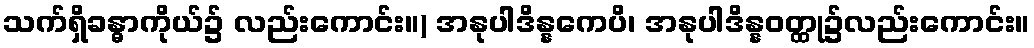
သက်ရှိခန္ဓာကိုယ်၌ လည်းကောင်း။) အနုပါဒိန္နကေပိ၊ အနုပါဒိန္နဝတ္ထု၌လည်းကောင်း။